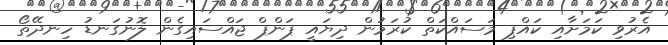
އެރުވި ކަމަށާއި ކައްޕި މަސައްކަތް ކުރަމުން ދިޔައީ ޕަންޕް ޖައްސައިގެން ލޮނުގަނޑު ހިނދޭތޯ